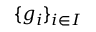
\{ g _ { i } \} _ { i \in I }